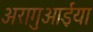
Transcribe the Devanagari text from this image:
अरागुआईया